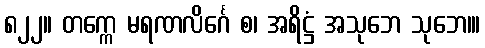
၈၂၂။ တက္ကေ မရဏလိင်္ဂေ စ၊ အရိဋ္ဌံ အသုဘေ သုဘေ၊။